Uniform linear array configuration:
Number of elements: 24
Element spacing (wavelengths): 1
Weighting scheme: kaiser
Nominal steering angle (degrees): -15
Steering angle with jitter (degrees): -16.779
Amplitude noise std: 0.05
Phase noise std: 0.05

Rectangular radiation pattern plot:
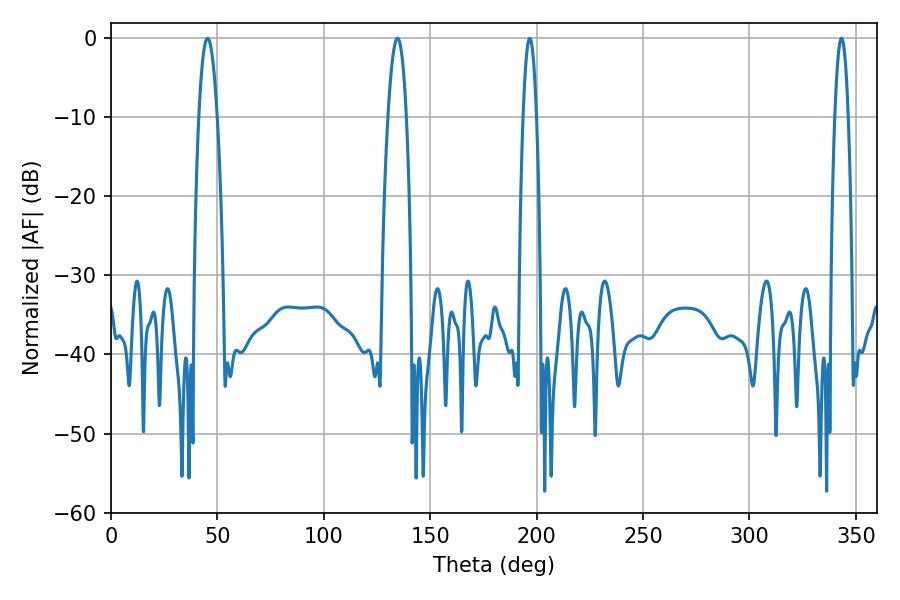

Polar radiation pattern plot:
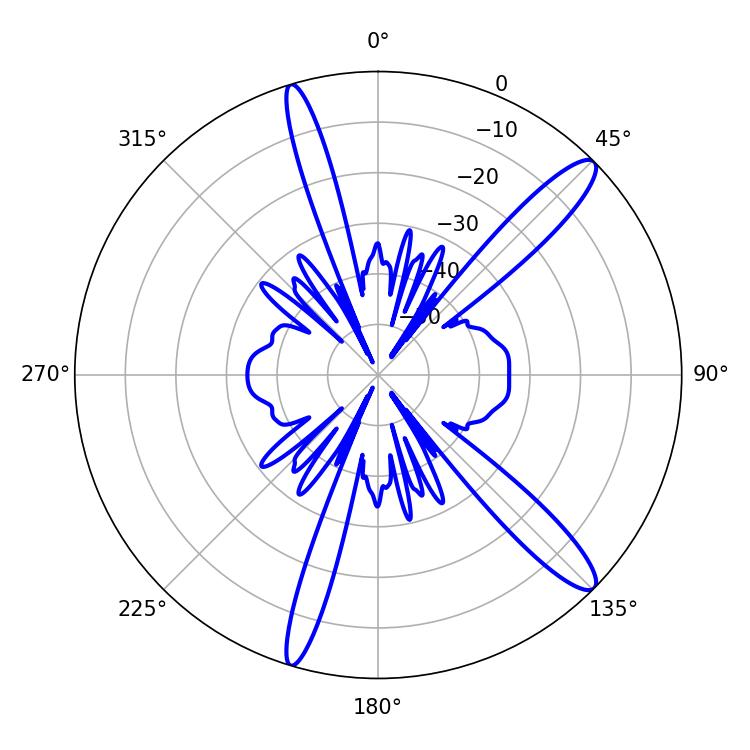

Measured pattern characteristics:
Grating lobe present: TRUE
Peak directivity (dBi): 13.457
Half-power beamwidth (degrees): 4.86
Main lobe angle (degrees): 45.36